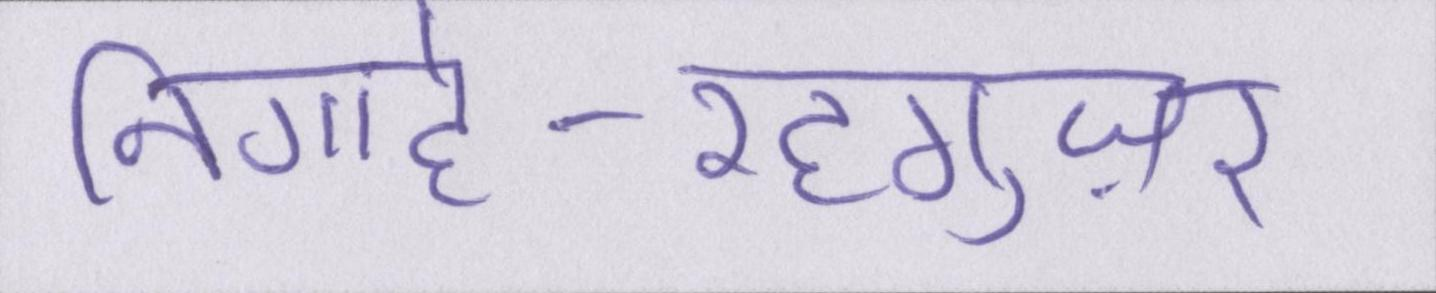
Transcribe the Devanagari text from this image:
निगाहे-रहगुज़र